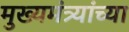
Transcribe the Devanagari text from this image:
मुख्यमंत्र्यांच्‍या